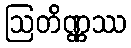
ဩတိဏ္ဏဿ